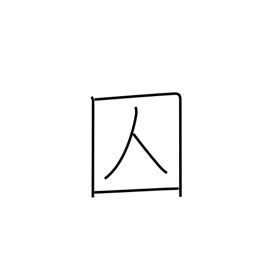
Meaning: criminal